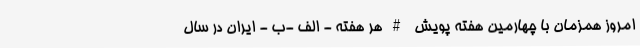
امروز همزمان با چهارمین هفته پویش #هر هفته - الف -ب - ایران در سال